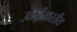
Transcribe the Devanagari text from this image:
उत्तरीभारतीय